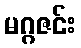
မဂ္ဂဇင်း